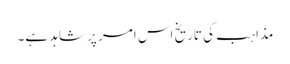
مذاہب کی تاریخ اس امر پر شاہد ہے۔